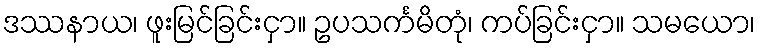
ဒဿနာယ၊ ဖူးမြင်ခြင်းငှာ။ ဥပသင်္ကမိတုံ၊ ကပ်ခြင်းငှာ။ သမယော၊